Vana-Vandra_vallavalitsus, lk 27
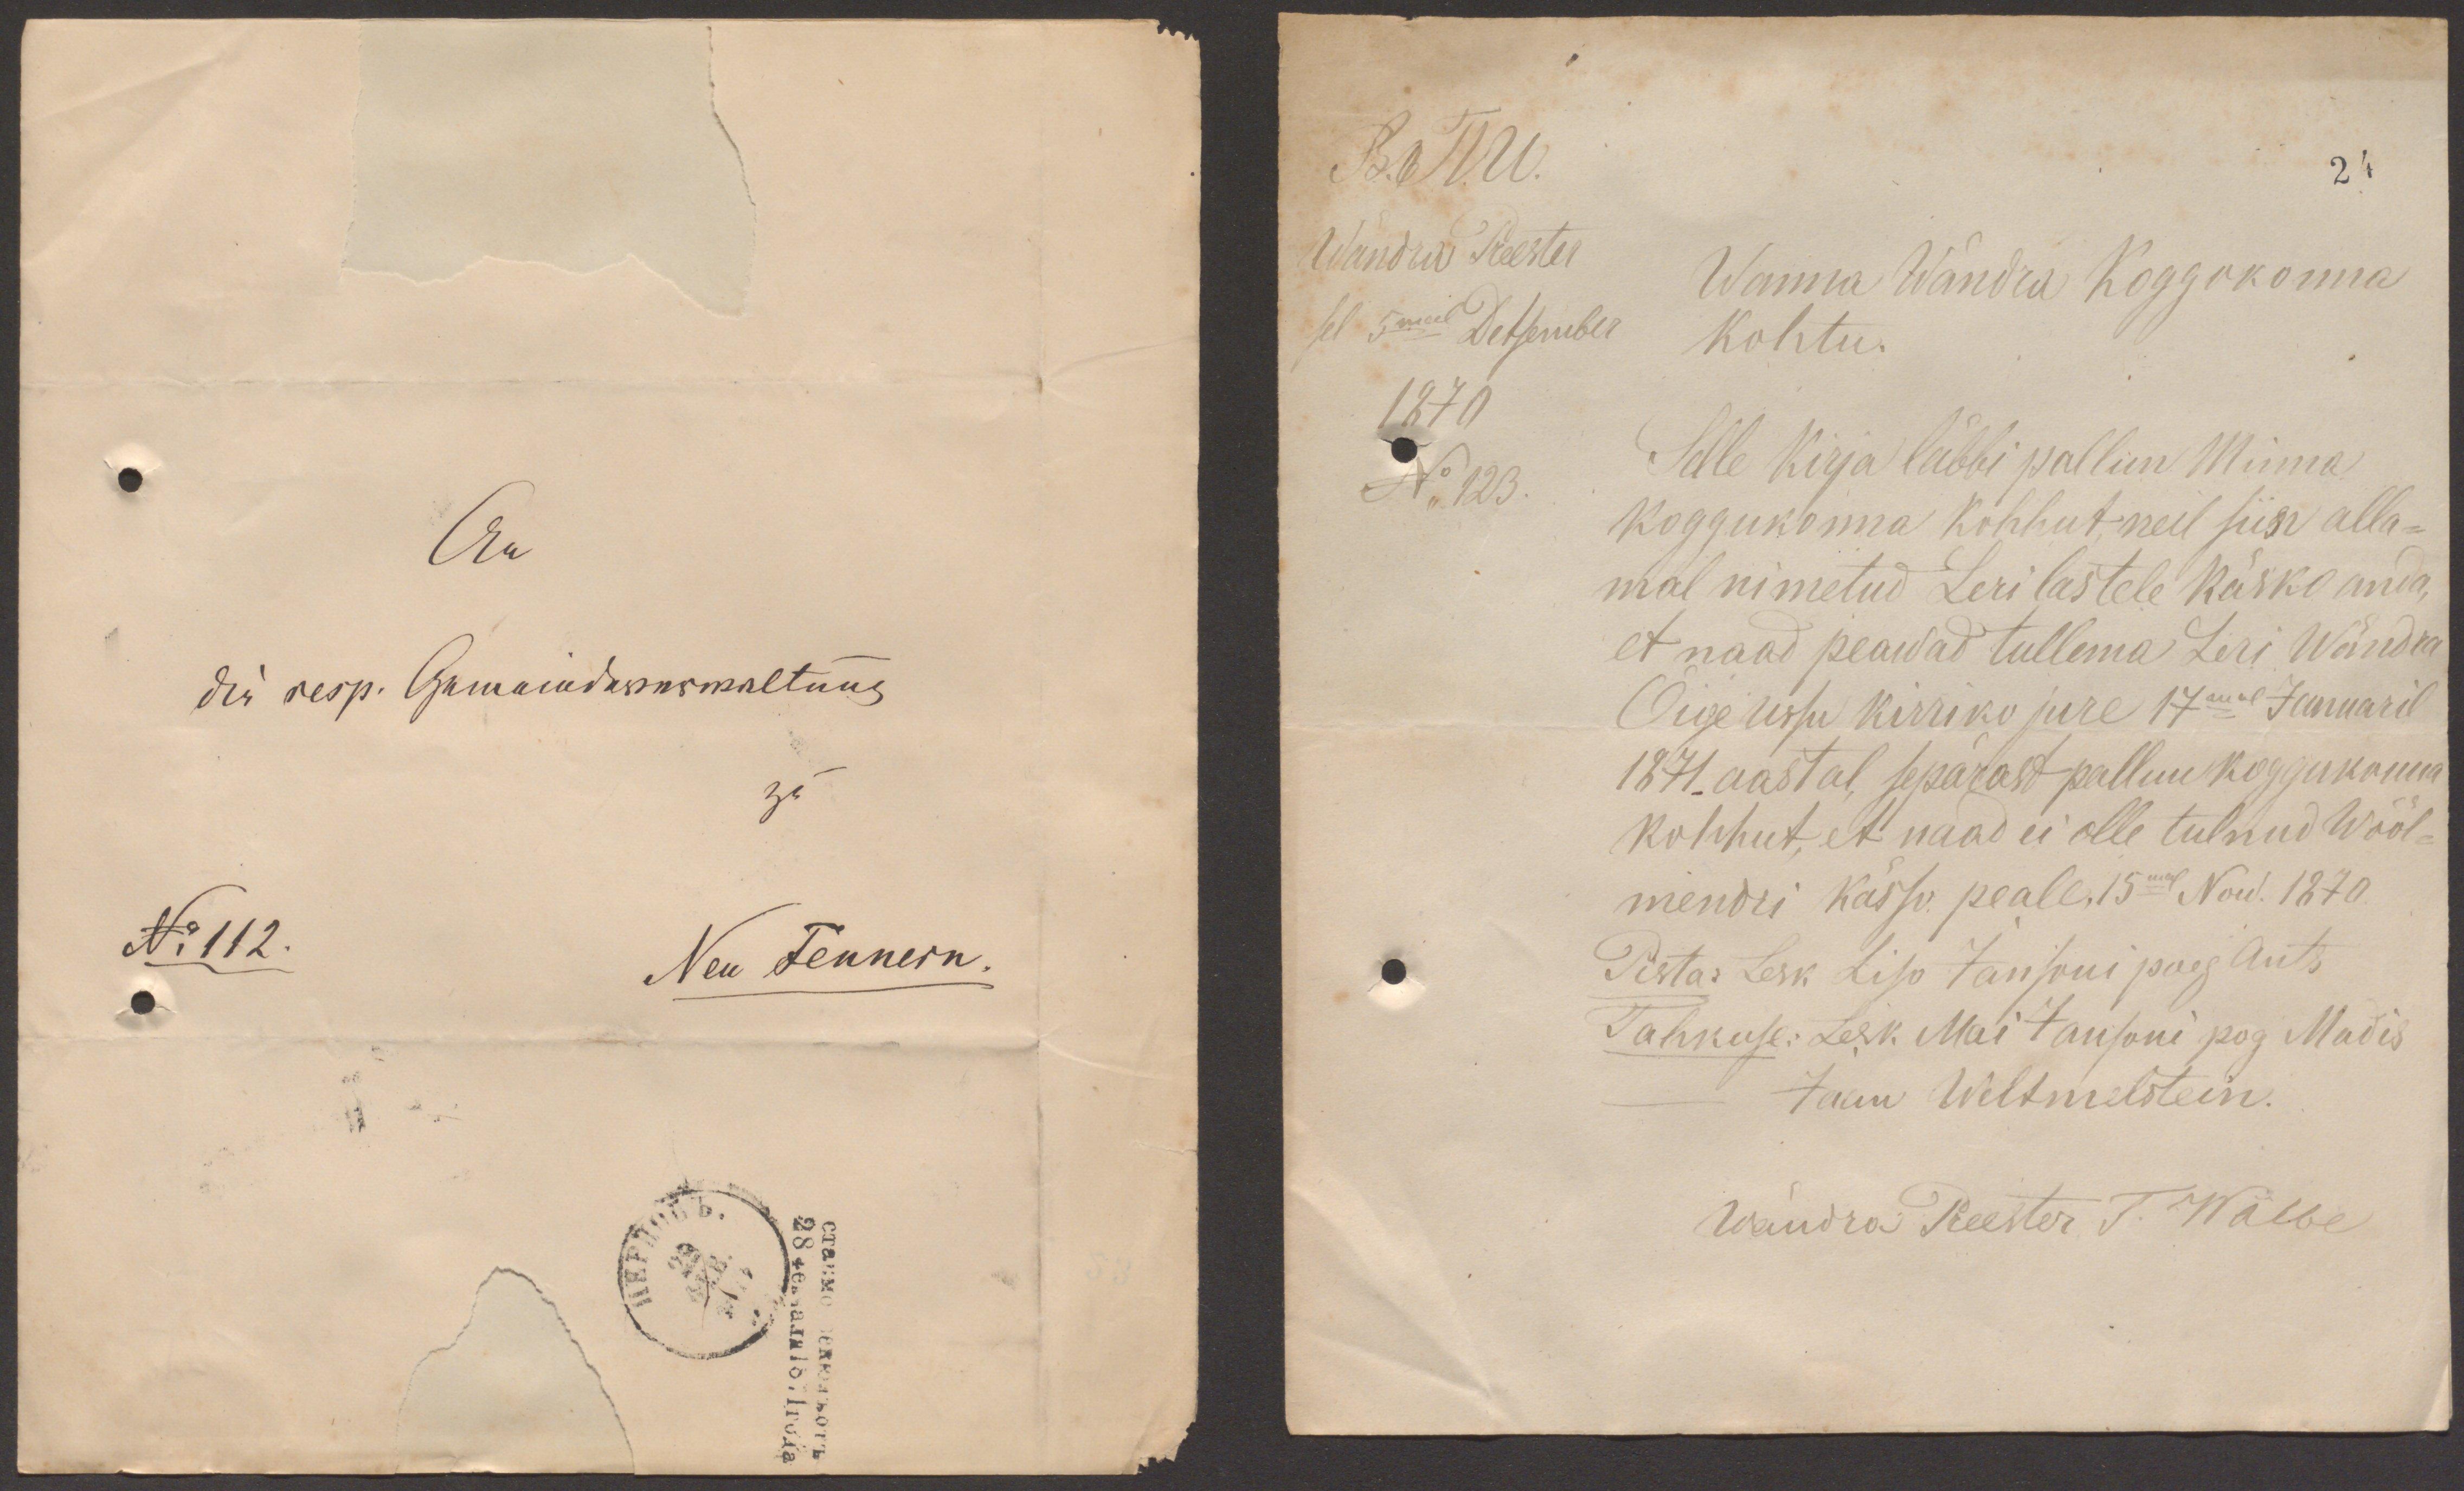
Б.б.М.
24
Wändra Preester
sel 5mal Detsembes
Wanna Wändra Koggokonna
Kohtu.
1870
No 123.
Selle kirja läbbi pallun Minna
koggukonna kohhut, neil siin alla-
mal nimetud Lerilastele käsko anda,
et naad peawad tullema Leri Wändra
Õige ussu kirriko jure 17mal Januaril
1871 aastal, sepärast pallun koggukonna
kohhut, et naad ei olle tulnud Wööl-
mendri kässo peale, 15mal Now. 1870.
Pista: Lesk Liso Jansoni poeg Ants
Tahkuse: Lesk Mai Jansoni pog Madis
Jaan Weltmelstein.
Wändra Preester T. Wälbe